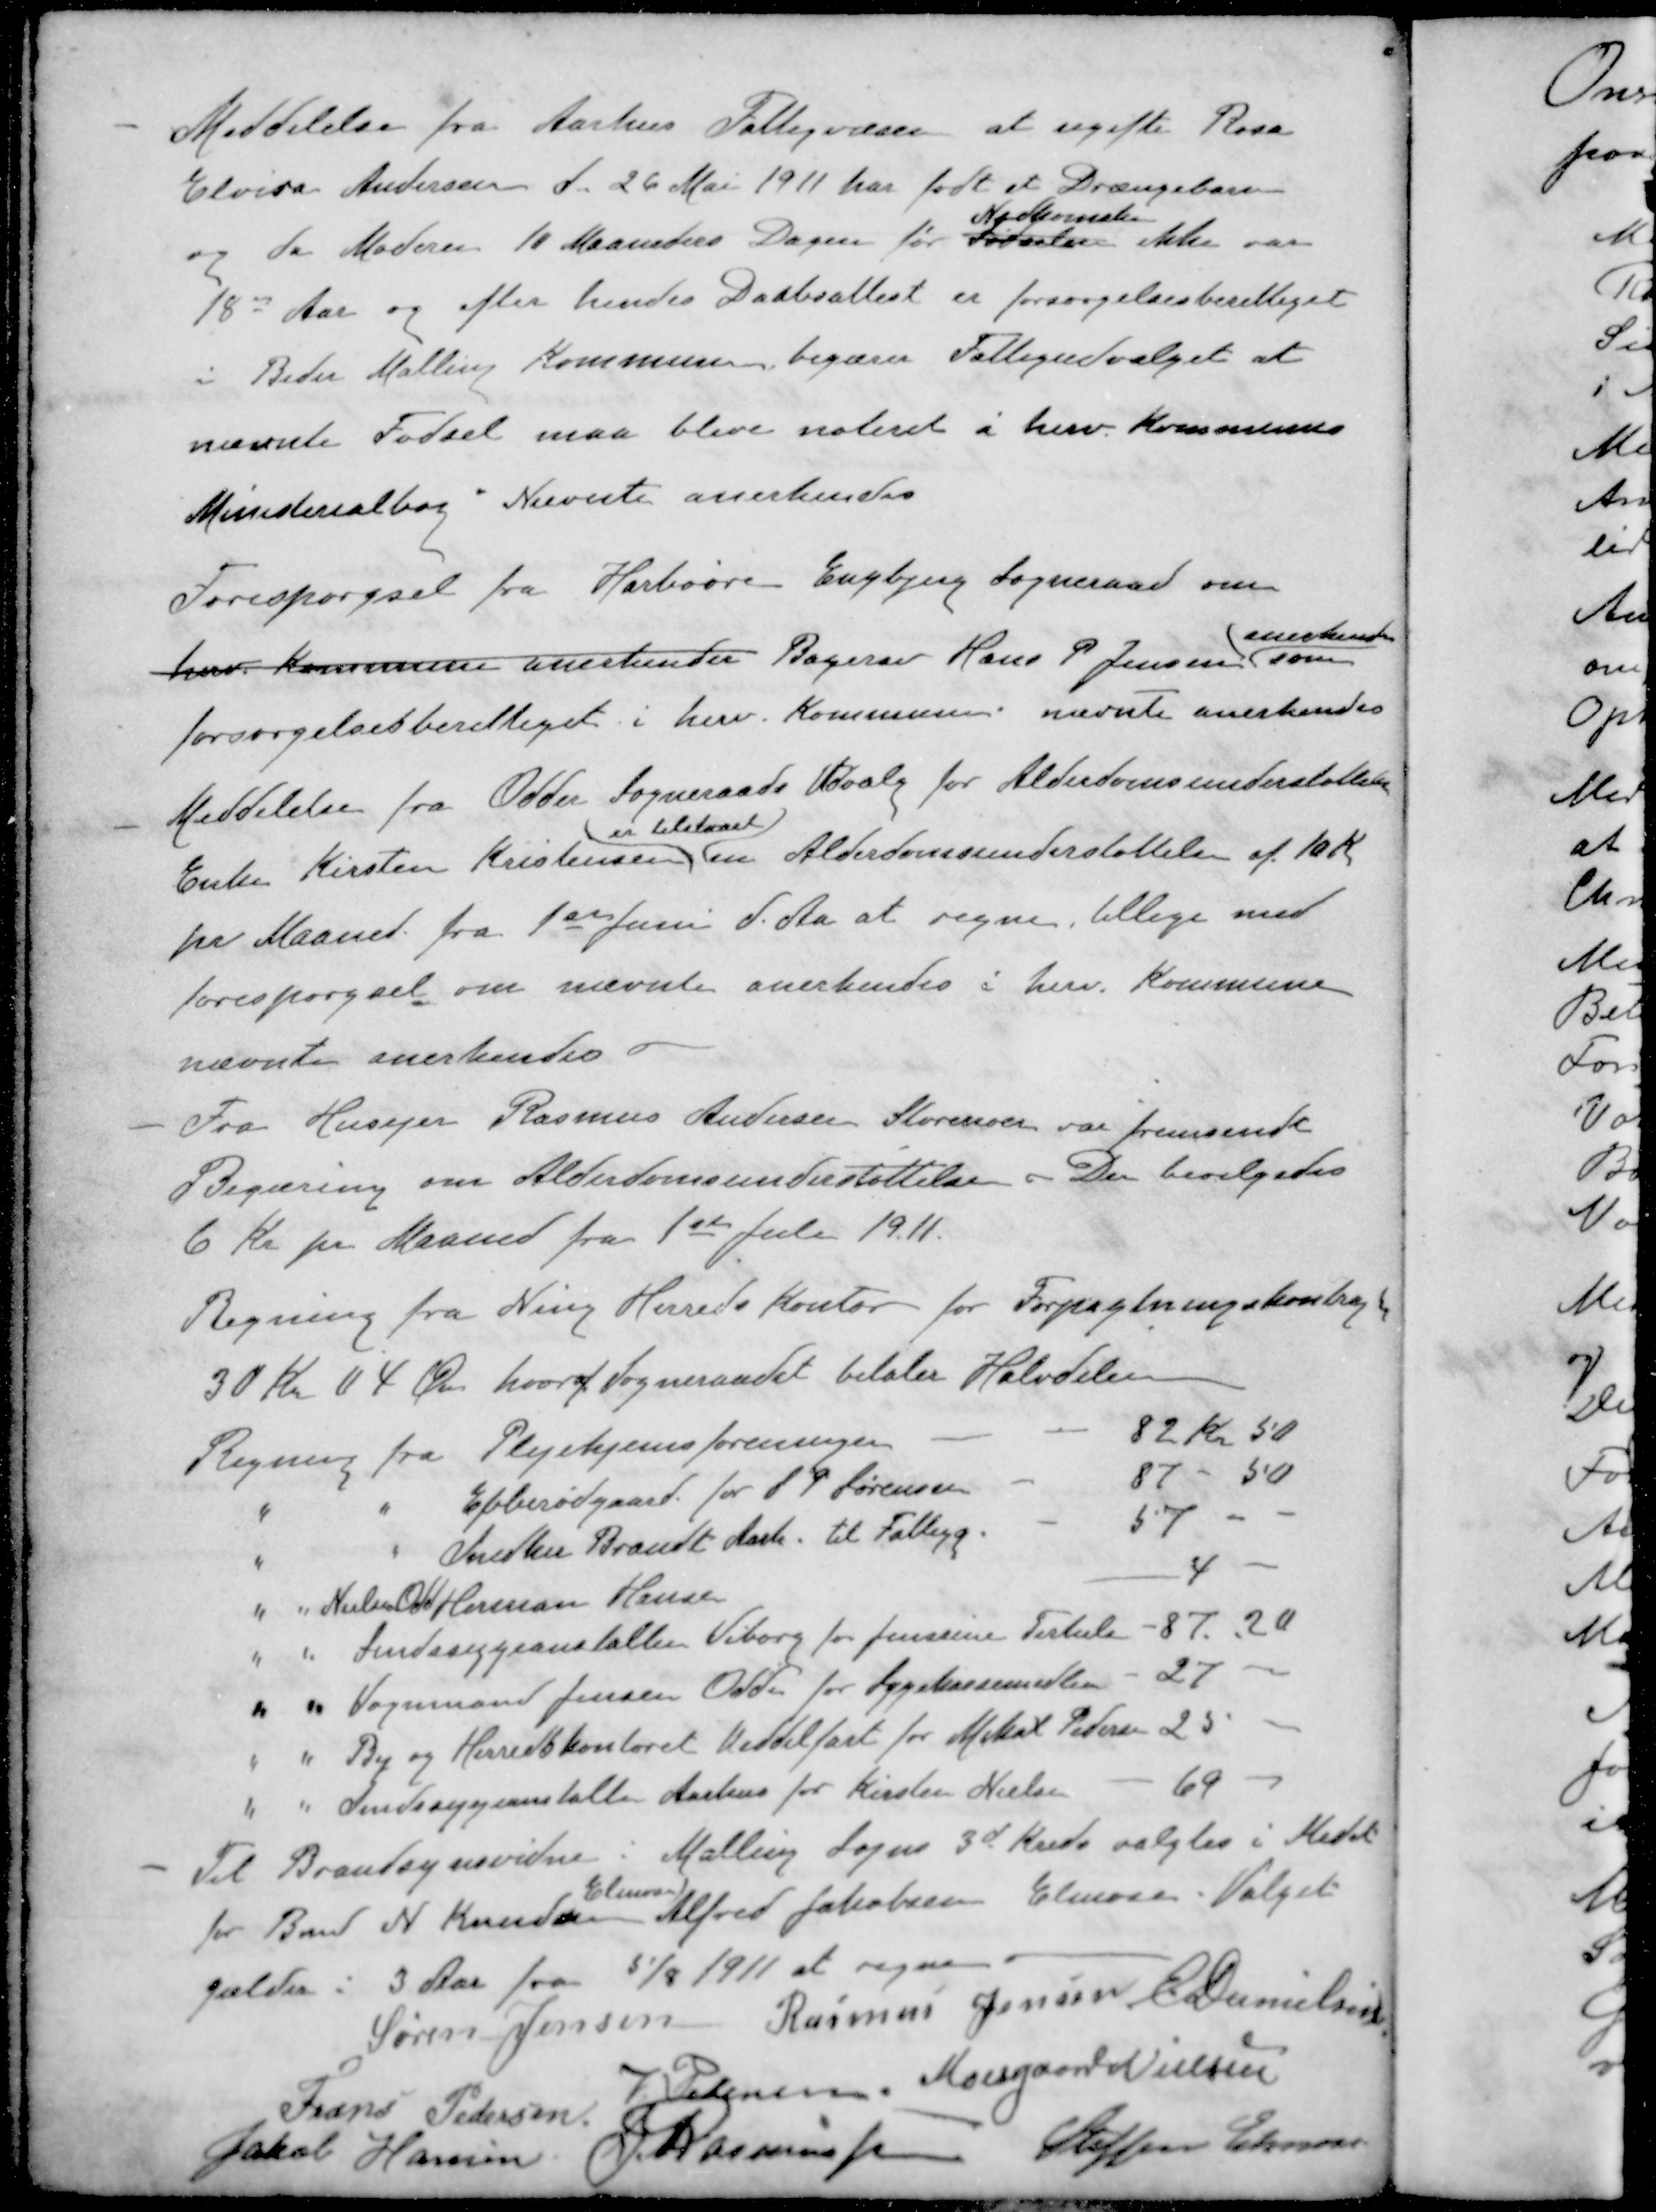
Transskription:
Meddelelse fra Aarhus Fattigvæsen at ugifte Rosa
Elvira Andersen d. 26 Mai 1911 har født et Drængebarn
Nedkomsten
da Moderen 10 Maaneders Dagen før Fødselen ikke var
2
18 Aar og efter hendes Daabsattest er forsørgelsesberettiget
i Beder Malling Kommune begærer Fattigudvalget at
nævnte Fødsel maa blive noteret i herv. Kommunes
Ministerialbog Nævnte anerkendes
Forespørgsel fra Harboøre Engbjerg Sogneraad om
anerkendes
herv. Kommune anerkender Bagersv Hans P Jensen, som
forsørgelsesberettiget i herv. Kommune nævnte anerkendes
- Meddelelse fra Odder Sogneraads Udvalg for Alderdomsunderstøttelse
er tilstaaet
Enke Kirsten Kristensen en Alderdomsunderstøttelse af 10 Kr
pr Maaned fra 1ste Juni d. Aa at regne, tillige med
forespørgsel om nævnte anerkendes i herv. Kommune
nævnte anerkendes 
- Fra Husejer Rasmus Andersen Storenoer var fremsendt
Begæring om Alderdomsunderstøttelse. Der bevilgedes
6 Kr pr Maaned fra 1ste Juli 1911.
Regning fra Ning Herreds kontor for Forpagtningskontragt
30 kr 04 Øre hvoraf Sogneraadet betaler Halvdelen
Regning fra Plejehjemsforeningen
82 Kr 50
" " Ebberødgaard for S P Sørensen
87 - 50
" " Snedker Brandt Aarh. til Fattigg.
57
" " Nielsen Odd Herman Hansen
4
" " Sindssygeanstallen Viborg for Jenssine Terkelsen
87. 20
" " Vognmand Jensen Odder for Sygekassemedlem
27
" " By og Herredskontoret Middelfart for Mikal Pedersen
25
" " Sindssygeanstalte Aarhus for Kirsten Nielsen
69
- Til Brandsynsvidne i Malling Sogns 3de Kreds valgtes i Stedet
Elmose
for Bmd N Knudsen Alfred Jakobsen Elmose. Valget
gælder i 3 Aar fra 5/8 1911 at regne
Søren Jensen
Rasmus Jensen
E Danielsen
V Petersen
Moesgaard Nielsen
Frans Pedersen
Jakob Hansen
J Rasmussen
Steffen Elmose